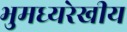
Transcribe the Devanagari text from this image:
भुमध्यरेखीय